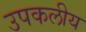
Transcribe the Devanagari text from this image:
उपकलीय